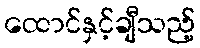
ထောင်နှင့်ချီသည့်